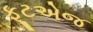
ફૂટએજ